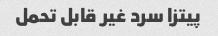
پیتزا سرد غیر قابل تحمل